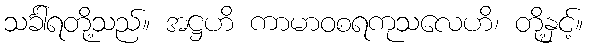
သင်္ခါရတို့သည်။ အဋ္ဌဟိ ကာမာဝစရကုသလေဟိ၊ တို့နှင့်။